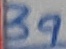
Text: 39